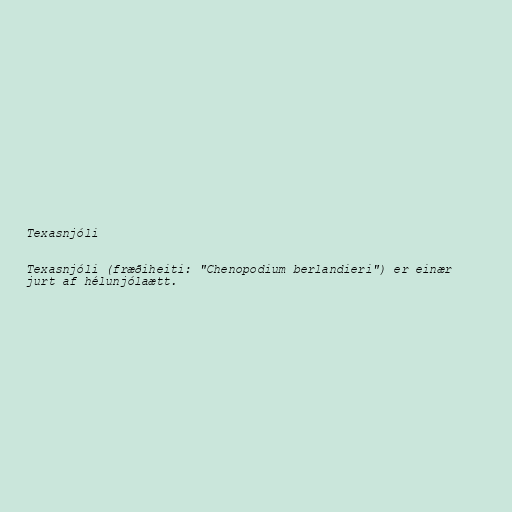
Texasnjóli

Texasnjóli (fræðiheiti: "Chenopodium berlandieri") er einær
jurt af hélunjólaætt.